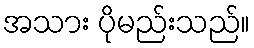
အသား ပိုမည်းသည်။